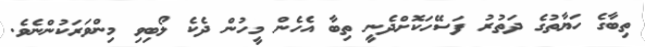
ތިބާގެ ހަޔާތުގެ ދަތުރު ފަސޭހަކޮށްދެނީ ތިބާ އެހެން މީހުން ދެކެ ލޯބިވި މިންވަރަކުންނެވެ.